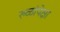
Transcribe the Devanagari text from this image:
रुळांपेक्षा